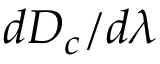
d D _ { c } / { d \lambda }